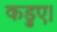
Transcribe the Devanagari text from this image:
कड़ुए।